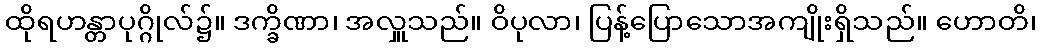
ထိုရဟန္တာပုဂ္ဂိုလ်၌။ ဒက္ခိဏာ၊ အလှူသည်။ ဝိပုလာ၊ ပြန့်ပြောသောအကျိုးရှိသည်။ ဟောတိ၊